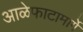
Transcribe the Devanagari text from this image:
आळेफाटामार्गे